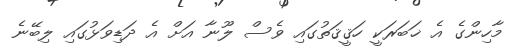
މާހިންގެ އެ ޚަބަރަކީ ހަޤީޤަތުގައި ވެސް ލޫނާ އަށް އެ ދަޑިވަޅުގައި ލިބޭނެ